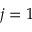
j = 1